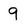
Character: 9